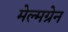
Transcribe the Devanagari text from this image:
मेल्मग्रेन